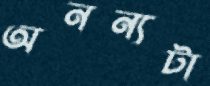
অনন্যটা